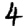
Digit: 4